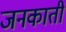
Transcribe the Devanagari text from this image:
जनकाती